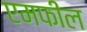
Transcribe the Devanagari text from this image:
एमफील